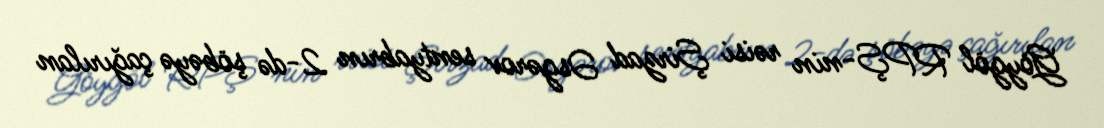
Göygöl RPŞ-nin rəisi Şirzad Əsgərov sentyabrın 2-də şöbəyə çağırılan